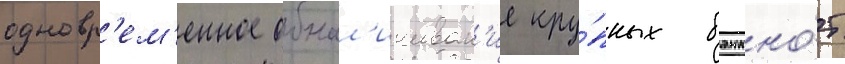
одновр'ем'енное обнал'ичиван'ие кру́пных банкно́т